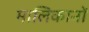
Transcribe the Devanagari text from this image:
मालिकानों